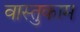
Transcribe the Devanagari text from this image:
वास्तुकाम